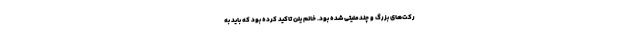
رکت‌های بزرگ و چندملیتی شده بود. خانم یلن تاکید کرده بود که باید به